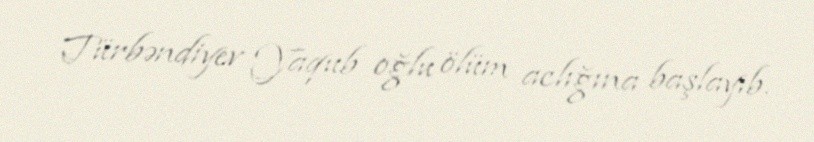
Türbəndiyev Yaqub oğlu ölüm aclığına başlayıb.